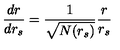
\frac { d r } { d r _ { s } } = \frac { 1 } { \sqrt { N ( r _ { s } ) } } \frac { r } { r _ { s } }